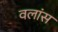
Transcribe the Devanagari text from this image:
वलांस